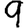
Digit: 9